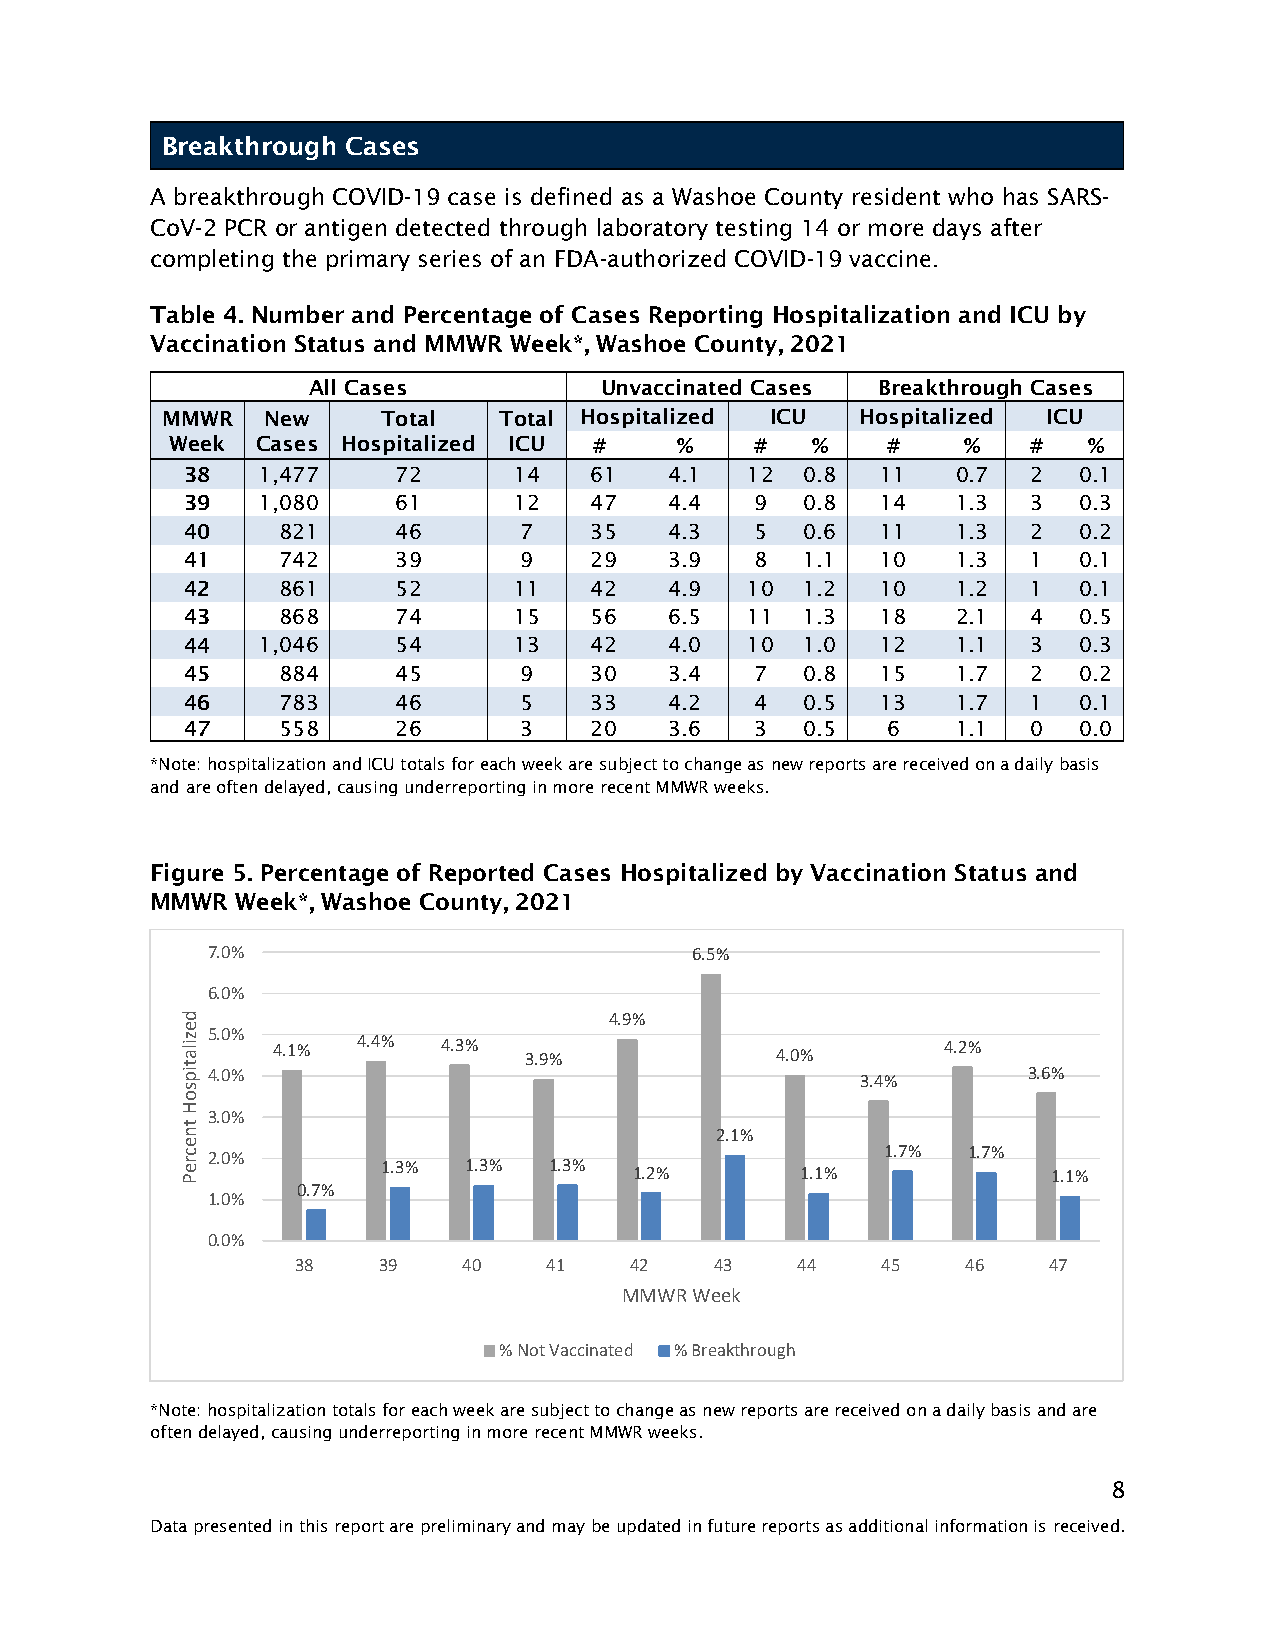
Breakthrough Cases
 A breakthrough COVID-19 case is defined as a Washoe County resident who has SARS-
 CoV-2 PCR or antigen detected through laboratory testing 14 or more days after
 completing the primary series of an FDA-authorized COVID-19 vaccine.
 Table 4. Number and Percentage of Cases Reporting Hospitalization and ICU by
 Vaccination Status and MMWR Week*, Washoe County, 2021
 All Cases           Unvaccinated Cases Breakthrough Cases
 MMWR  New     Total   Total Hospitalized ICU  Hospitalized ICU
 Week  Cases Hospitalized ICU #    %    #   %    #    %   #   %
 38   1,477    72      14   61   4.1  12  0.8  11   0.7  2  0.1
 39   1,080    61      12   47   4.4   9  0.8  14   1.3  3  0.3
 40    821     46      7    35   4.3   5  0.6  11   1.3  2  0.2
 41    742     39      9    29   3.9   8  1.1  10   1.3  1  0.1
 42    861     52      11   42   4.9  10  1.2  10   1.2  1  0.1
 43    868     74      15   56   6.5  11  1.3  18   2.1  4  0.5
 44   1,046    54      13   42   4.0  10  1.0  12   1.1  3  0.3
 45    884     45      9    30   3.4   7  0.8  15   1.7  2  0.2
 46    783     46      5    33   4.2   4  0.5  13   1.7  1  0.1
 47    558     26      3    20   3.6   3  0.5   6   1.1  0  0.0
 *Note: hospitalization and ICU totals for each week are subject to change as new reports are received on a daily basis
 and are often delayed, causing underreporting in more recent MMWR weeks.
 Figure 5. Percentage of Reported Cases Hospitalized by Vaccination Status and
 MMWR  Week*, Washoe County, 2021
 7.0%                            6.5%
 6.0%
 d                           4.9%
 e z ila 5.0% 4.1% 4.4% 4.3% 3.9%       4.0%       4.2%
 t ip 4.0%                                    3.4%       3.6%
 s
 o
 H
 t
 3.0%
 n                                  2.1%
 e c r e P 2.0% 1.3% 1.3% 1.3% 1.2%       1.1%  1.7% 1.7%  1.1%
 0.7%
 1.0%
 0.0%
 38   39    40   41    42   43    44   45    46   47
 MMWR Week
 % Not Vaccinated % Breakthrough
 *Note: hospitalization totals for each week are subject to change as new reports are received on a daily basis and are
 often delayed, causing underreporting in more recent MMWR weeks.
 8
 Data presented in this report are preliminary and may be updated in future reports as additional information is received.